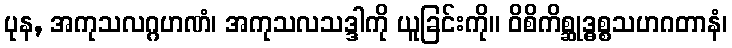
ပုန, အကုသလဂ္ဂဟဏံ၊ အကုသလသဒ္ဒါကို ယူခြင်းကို။ ဝိစိကိစ္ဆုဒ္ဓစ္စသဟဂတာနံ၊